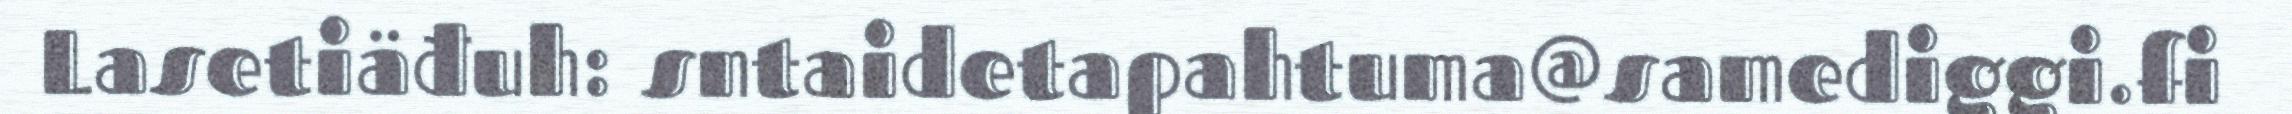
Lasetiäđuh: sntaidetapahtuma@samediggi.fi